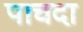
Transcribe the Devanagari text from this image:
पाचदा